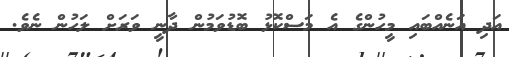
އަދި އަނެއްބައި މީހުންގެ އެ މަސްކޮޅު ބޮޑުވަމުން ދާނީ ވަރަށް ލަހުން ނެވެ.